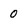
Character: 0